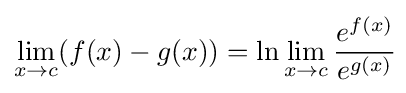
\lim _{x\to c}(f(x)-g(x))=\ln \lim _{x\to c}{\frac {e^{f(x)}}{e^{g(x)}}}\!